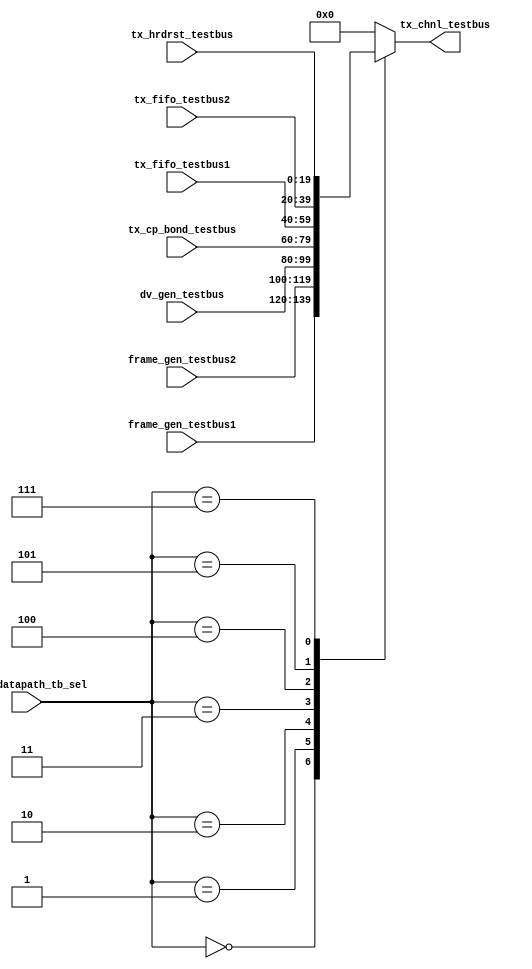
// This program was cloned from: https://github.com/intel/aib-phy-hardware
// License: Apache License 2.0

// SPDX-License-Identifier: Apache-2.0
// Copyright (C) 2019 Intel Corporation. All rights reserved
//------------------------------------------------------------------------
// (C) 2009 Altera Corporation. All rights reserved.  
//
//------------------------------------------------------------------------
// File:        
// Revision:    
// Date:        
//------------------------------------------------------------------------
// Description: Testbus
//
//------------------------------------------------------------------------

module hdpldadapt_tx_chnl_testbus 
    (
    input   wire  [2:0]            r_tx_datapath_tb_sel,  // testbus sel
    input   wire [19:0]           tx_fifo_testbus1, 		// RX FIFO
    input   wire [19:0]           tx_fifo_testbus2, 		// RX FIFO
    input   wire [19:0]           frame_gen_testbus1,
    input   wire [19:0]           frame_gen_testbus2,
    input   wire [19:0]		  dv_gen_testbus,    
    input   wire [19:0]           tx_cp_bond_testbus,
    input   wire [19:0]           tx_hrdrst_testbus,    
    
    output  reg [19:0]		  tx_chnl_testbus
     );
   
    always @* begin
      case (r_tx_datapath_tb_sel)
        3'b000: tx_chnl_testbus = frame_gen_testbus1;
        3'b001: tx_chnl_testbus = frame_gen_testbus2;
        3'b010: tx_chnl_testbus = dv_gen_testbus;
        3'b011: tx_chnl_testbus = tx_cp_bond_testbus;
        3'b100: tx_chnl_testbus = tx_fifo_testbus1;
        3'b101: tx_chnl_testbus = tx_fifo_testbus2;
        3'b111: tx_chnl_testbus = tx_hrdrst_testbus;
        default: tx_chnl_testbus = {20{1'b0}};
      endcase // case(r_rx_testbus_sel)
    end // always @ *
         
endmodule // hdpldadapt_tx_chnl_testbus